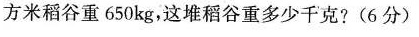
方米稻谷重650kg，这堆稻谷重多少千克?(6分)